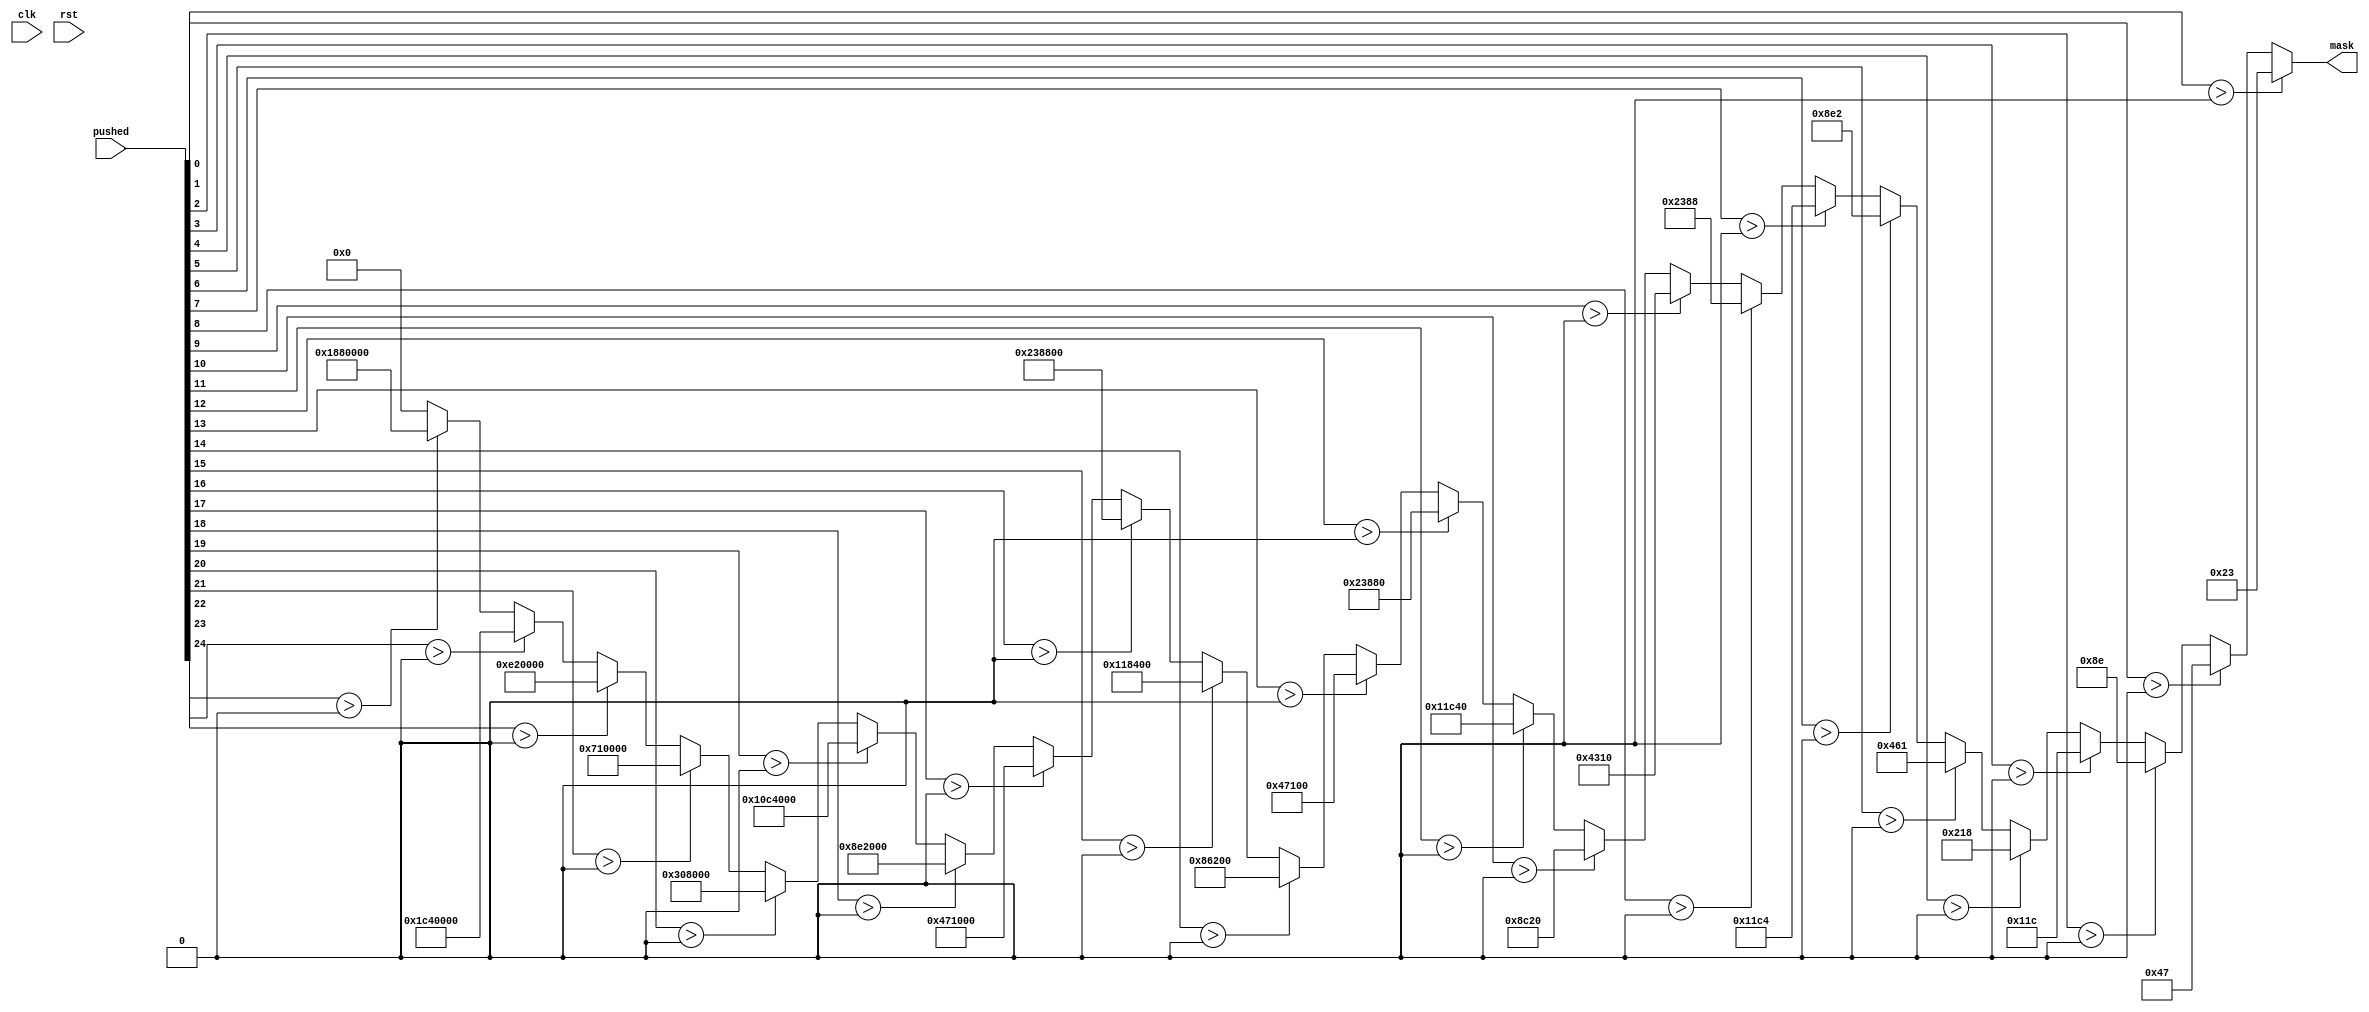
/*
   This file was generated automatically by the Mojo IDE version B1.3.6.
   Do not edit this file directly. Instead edit the original Lucid source.
   This is a temporary file and any changes made to it will be destroyed.
*/

module makeMask_53 (
    input clk,
    input rst,
    input [24:0] pushed,
    output reg [24:0] mask
  );
  
  
  
  always @* begin
    if (pushed[0+0-:1] > 1'h0) begin
      mask = 25'h0000023;
    end else begin
      if (pushed[1+0-:1] > 1'h0) begin
        mask = 25'h0000047;
      end else begin
        if (pushed[2+0-:1] > 1'h0) begin
          mask = 25'h000008e;
        end else begin
          if (pushed[3+0-:1] > 1'h0) begin
            mask = 25'h000011c;
          end else begin
            if (pushed[4+0-:1] > 1'h0) begin
              mask = 25'h0000218;
            end else begin
              if (pushed[5+0-:1] > 1'h0) begin
                mask = 25'h0000461;
              end else begin
                if (pushed[6+0-:1] > 1'h0) begin
                  mask = 25'h00008e2;
                end else begin
                  if (pushed[7+0-:1] > 1'h0) begin
                    mask = 25'h00011c4;
                  end else begin
                    if (pushed[8+0-:1] > 1'h0) begin
                      mask = 25'h0002388;
                    end else begin
                      if (pushed[9+0-:1] > 1'h0) begin
                        mask = 25'h0004310;
                      end else begin
                        if (pushed[10+0-:1] > 1'h0) begin
                          mask = 25'h0008c20;
                        end else begin
                          if (pushed[11+0-:1] > 1'h0) begin
                            mask = 25'h0011c40;
                          end else begin
                            if (pushed[12+0-:1] > 1'h0) begin
                              mask = 25'h0023880;
                            end else begin
                              if (pushed[13+0-:1] > 1'h0) begin
                                mask = 25'h0047100;
                              end else begin
                                if (pushed[14+0-:1] > 1'h0) begin
                                  mask = 25'h0086200;
                                end else begin
                                  if (pushed[15+0-:1] > 1'h0) begin
                                    mask = 25'h0118400;
                                  end else begin
                                    if (pushed[16+0-:1] > 1'h0) begin
                                      mask = 25'h0238800;
                                    end else begin
                                      if (pushed[17+0-:1] > 1'h0) begin
                                        mask = 25'h0471000;
                                      end else begin
                                        if (pushed[18+0-:1] > 1'h0) begin
                                          mask = 25'h08e2000;
                                        end else begin
                                          if (pushed[19+0-:1] > 1'h0) begin
                                            mask = 25'h10c4000;
                                          end else begin
                                            if (pushed[20+0-:1] > 1'h0) begin
                                              mask = 25'h0308000;
                                            end else begin
                                              if (pushed[21+0-:1] > 1'h0) begin
                                                mask = 25'h0710000;
                                              end else begin
                                                if (pushed[22+0-:1] > 1'h0) begin
                                                  mask = 25'h0e20000;
                                                end else begin
                                                  if (pushed[23+0-:1] > 1'h0) begin
                                                    mask = 25'h1c40000;
                                                  end else begin
                                                    if (pushed[24+0-:1] > 1'h0) begin
                                                      mask = 25'h1880000;
                                                    end else begin
                                                      mask = 25'h0000000;
                                                    end
                                                  end
                                                end
                                              end
                                            end
                                          end
                                        end
                                      end
                                    end
                                  end
                                end
                              end
                            end
                          end
                        end
                      end
                    end
                  end
                end
              end
            end
          end
        end
      end
    end
  end
endmodule